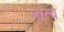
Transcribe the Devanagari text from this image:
नरत्व